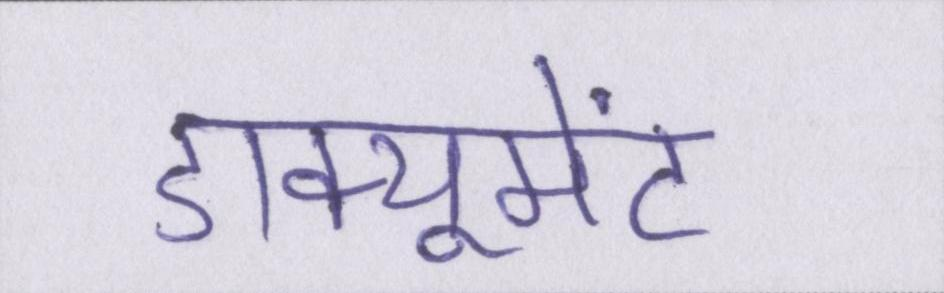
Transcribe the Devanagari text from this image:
डाक्यूमेंट